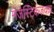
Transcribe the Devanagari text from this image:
मॅजेस्टिकजवळ